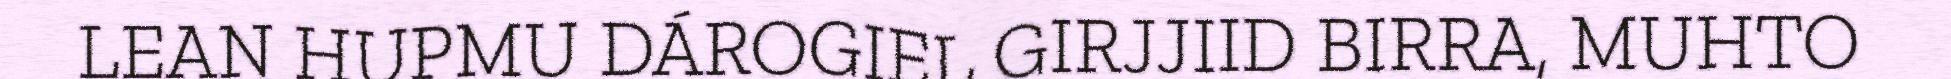
LEAN HUPMU DÁROGIEL GIRJJIID BIRRA, MUHTO